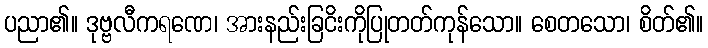
ပညာ၏။ ဒုဗ္ဗလီကရဏေ၊ အားနည်းခြငိးကိုပြုတတ်ကုန်သော။ စေတသော၊ စိတ်၏။